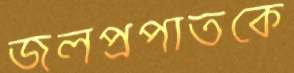
জলপ্রপাতকে